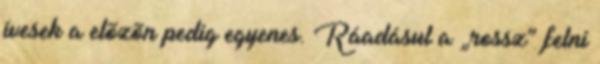
ívesek a elõzõn pedig egyenes. Ráadásul a „rossz” felni